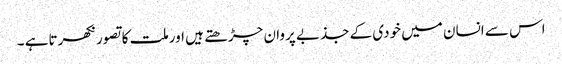
اس سے انسان میں خودی کے جذبے پروان چڑھتے ہیں اورملت کاتصورنکھرتاہے ۔